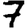
Digit: 7